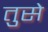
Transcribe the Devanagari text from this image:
तुसे